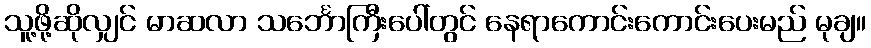
သူ့ဖို့ဆိုလျှင် မာဆလာ သင်္ဘောကြီးပေါ်တွင် နေရာကောင်းကောင်းပေးမည် မုချ။